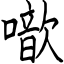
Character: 噷